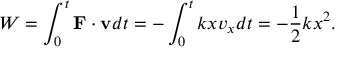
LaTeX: W = \int _ { 0 } ^ { t } \mathbf { F } \cdot \mathbf { v } d t = - \int _ { 0 } ^ { t } k x v _ { x } d t = - { \frac { 1 } { 2 } } k x ^ { 2 } .